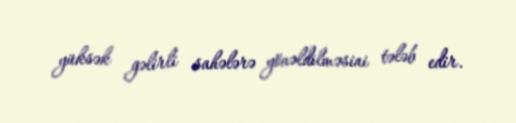
yüksək gəlirli sahələrə yönəldilməsini tələb edir.